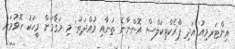
އިންޓަރވިއު އަދި ޕްރެކްޓިކަލްސް އޮންނާނެ ތަނާއި މުއްދަތު: މި މަޤާމަށް މީހަކު ހޮވުމަށް